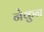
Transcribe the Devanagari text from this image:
नेकुन